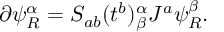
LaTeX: \partial \psi _ { R } ^ { \alpha } = S _ { a b } ( t ^ { b } ) _ { \beta } ^ { \alpha } J ^ { a } \psi _ { R } ^ { \beta } .